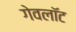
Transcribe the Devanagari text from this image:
गेवलॉट